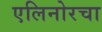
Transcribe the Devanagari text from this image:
एलिनोरचा